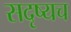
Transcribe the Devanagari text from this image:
सदृष्यच